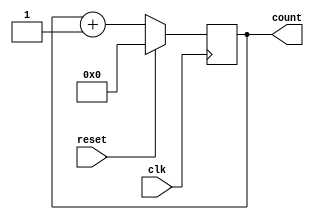
`timescale 1ns / 1ps
//////////////////////////////////////////////////////////////////////////////////
// Company: 
// Engineer: 
// 
// Design Name: 
// Module Name:    counter8 
// Project Name: 
// Target Devices: 
// Tool versions: 
// Description: 
//
// Dependencies: 
//
// Revision: 
// Revision 0.01 - File Created
// Additional Comments: 
//
//////////////////////////////////////////////////////////////////////////////////
module counter8(
	input wire clk,
	input wire reset,
	output wire [3:0] count
	);

reg [3:0] counter_out;
initial counter_out = 4'b0000;
	
always@(posedge clk)
begin:COUNTER

	if(reset == 1'b1) begin
		counter_out = 4'b0000;
	end
	else begin
		counter_out = counter_out + 4'b0001;
	end
end

assign count = counter_out;


endmodule